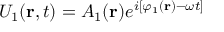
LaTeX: U _ { 1 } ( \mathbf { r } , t ) = A _ { 1 } ( \mathbf { r } ) e ^ { i [ \varphi _ { 1 } ( \mathbf { r } ) - \omega t ] }